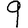
Digit: 9